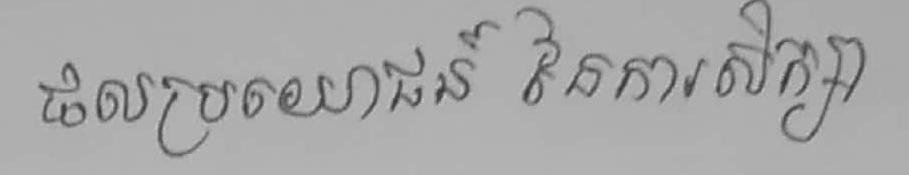
ផលប្រយោជន៍ នៃការសិក្សា